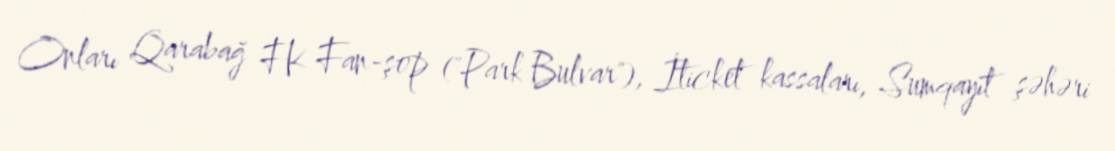
Onları Qarabağ FK Fan-şop ("Park Bulvar"), İticket kassaları, Sumqayıt şəhəri